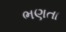
ભણતા